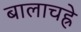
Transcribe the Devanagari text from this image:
बालाचह्रे